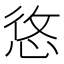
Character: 𢚐